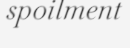
spoilment